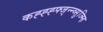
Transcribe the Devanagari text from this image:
कह्ह्ह्फ्ज्न्न्व्सुज्म्हि